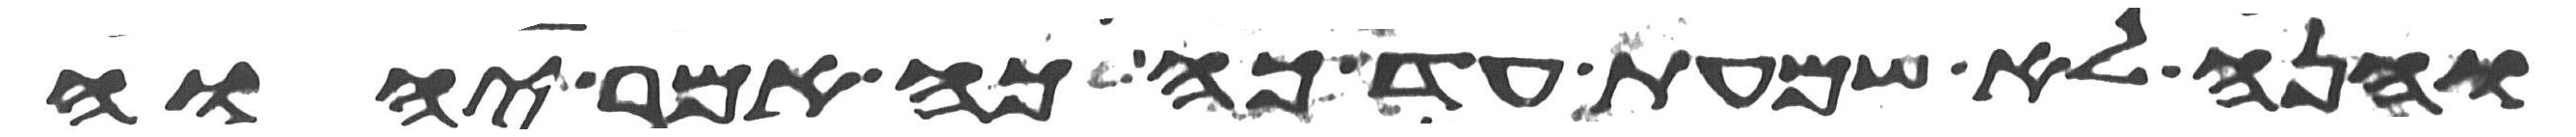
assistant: והנה לא שמעת עד כה כה אמר יהוה